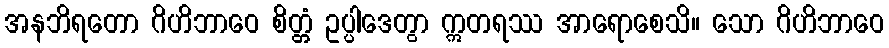
အနဘိရတော ဂိဟိဘာဝေ စိတ္တံ ဥပ္ပါဒေတွာ ဣတရဿ အာရောစေသိ။ သော ဂိဟိဘာဝေ